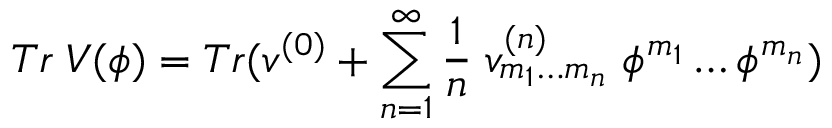
T r \; V ( \phi ) = T r ( v ^ { ( 0 ) } + \sum _ { n = 1 } ^ { \infty } \frac { 1 } { n } \; v _ { m _ { 1 } \ldots m _ { n } } ^ { ( n ) } \; \phi ^ { m _ { 1 } } \ldots \phi ^ { m _ { n } } )